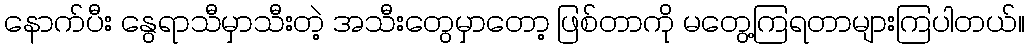
နောက်ပီး နွေရာသီမှာသီးတဲ့ အသီးတွေမှာတော့ ဖြစ်တာကို မတွေ့ကြရတာများကြပါတယ်။